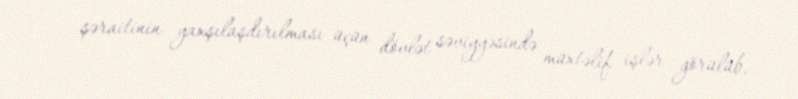
şəraitinin yaxşılaşdırılması üçün dövlət səviyyəsində müxtəlif işlər görülüb,